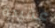
عقيدة